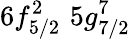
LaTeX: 6f_{5/2}^{2}\, \, 5g_{7/2}^{7}